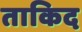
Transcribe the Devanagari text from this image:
ताकिद